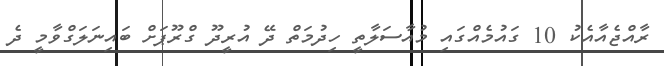
ރާއްޖެއާއެކު 10 ގައުމެއްގައި މުއާސަލާތީ ހިދުމަތް ދޭ އުރީދޫ ގްރޫޕަށް ބައިނަލަގްވާމީ ދެ